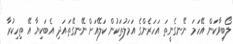
ލޯބިވާކަން އޭހަމަ ނޭނގެނީތަ އަހަރެންގެ އަމަލުތަކުން ކަލޭއަށް ނޭނގޭތަ.އަދި އެބަކިޔާ އޭ ތިހިކުރާ